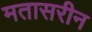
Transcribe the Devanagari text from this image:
मतासरीन